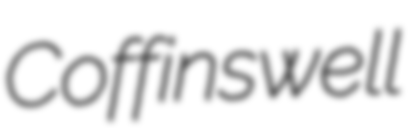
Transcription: Coffinswell